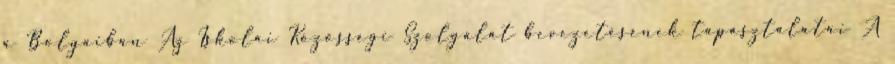
a Bolyaiban Az Iskolai Közösségi Szolgálat bevezetésének tapasztalatai A